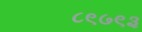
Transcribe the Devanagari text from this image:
८९७९३